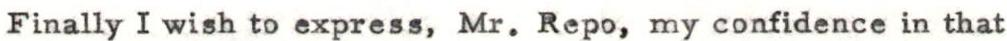
Finally I wish to express, Mr. Repo, my confidence in that